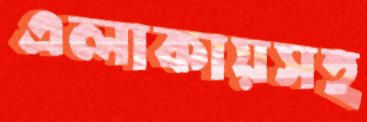
এলাকায়সহ